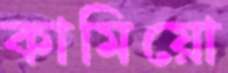
কামিয়ো